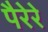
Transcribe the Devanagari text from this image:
पैरेरे